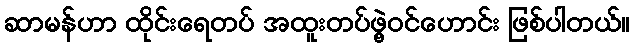
ဆာမန်ဟာ ထိုင်းရေတပ် အထူးတပ်ဖွဲ့ဝင်ဟောင်း ဖြစ်ပါတယ်။